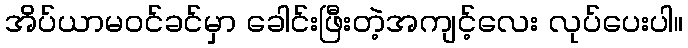
အိပ်ယာမဝင်ခင်မှာ ခေါင်းဖြီးတဲ့အကျင့်လေး လုပ်ပေးပါ။